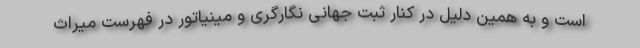
است و به همین دلیل در کنار ثبت جهانی نگارگری و مینیاتور در فهرست میراث